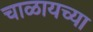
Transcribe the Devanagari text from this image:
चाळायच्या